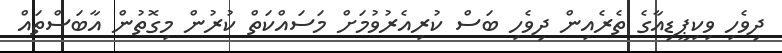
ދިވެހި ވިކިޕީޑިއާގެ ތެރެއިން ދިވެހި ބަސް ކުރިއެރުވުމަށް މަސައްކަތް ކުރުން މިގޮތުން އާބަސްތައް